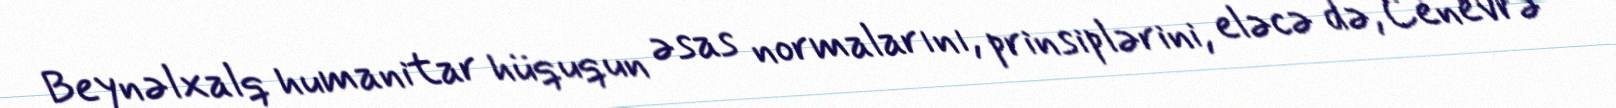
Beynəlxalq humanitar hüququn əsas normalarını, prinsiplərini, eləcə də, Cenevrə